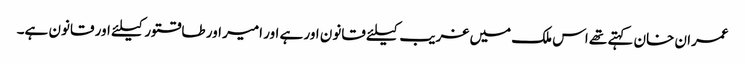
عمران خان کہتے تھے اس ملک میں غریب کیلئے قانون اور ہے اور امیر اور طاقتور کیلئے اور قانون ہے۔